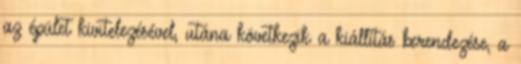
az épület kivitelezésével, utána következik a kiállítás berendezése, a